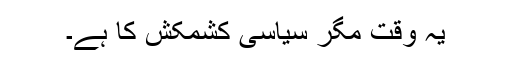
یہ وقت مگر سیاسی کشمکش کا ہے۔